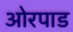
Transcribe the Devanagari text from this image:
ओरपाड